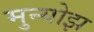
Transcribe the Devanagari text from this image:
मुन्योझ